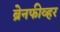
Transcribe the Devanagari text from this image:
ब्रेनफीव्हर